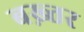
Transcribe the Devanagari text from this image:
बख़्तर